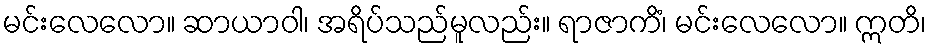
မင်းလေလော။ ဆာယာဝါ၊ အရိပ်သည်မူလည်း။ ရာဇာကိံ၊ မင်းလေလော။ ဣတိ၊